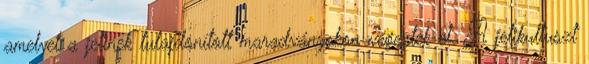
amelyet a jetinek tulajdonított maradványokon végeztek el. A jetikultuszt